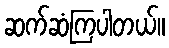
ဆက်ဆံကြပါတယ်။